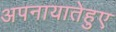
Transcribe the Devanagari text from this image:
अपनायातेहुए